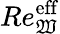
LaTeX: Re_{\mathfrak{W}}^{\mathrm{{eff}}}